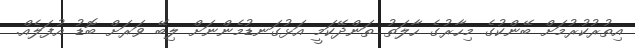
އިތުރުކުރުމަށް ބޭންކުގެ މިހާރުގެ ހާލަތު ތަންދޭކަމީ އަޅުގަނޑުމެންނަށް ލިބޭ ވަރަށް ބޮޑު އުފަލެއް.